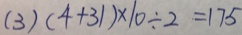
( 3 ) ( 4 + 3 1 ) \times 1 0 \div 2 = 1 7 5